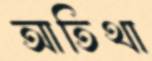
আতিথা